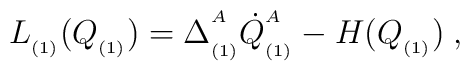
L_{_{(1)}}(Q_{_{(1)}})=\Delta _{_{(1)}}^{^A}\dot{Q}_{_{(1)}}^{^A}-H(Q_{_{(1)}})\;,